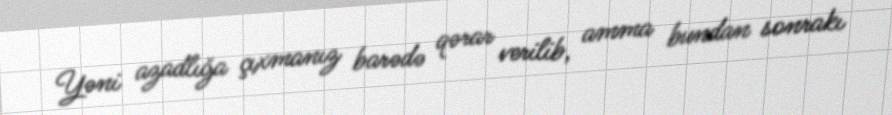
Yəni azadlığa çıxmanız barədə qərar verilib, amma bundan sonrakı